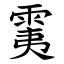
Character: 䨑